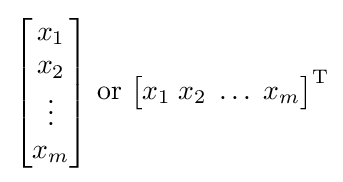
{\begin{bmatrix}x_{1}\\x_{2}\\\vdots \\x_{m}\end{bmatrix}}{\text{ or }}{\begin{bmatrix}x_{1}\;x_{2}\;\dots \;x_{m}\end{bmatrix}}^{\rm {T}}